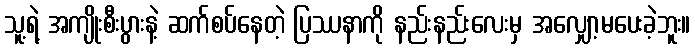
သူ့ရဲ့ အကျိုးစီးပွားနဲ့ ဆက်စပ်နေတဲ့ ပြဿနာကို နည်းနည်းလေးမှ အလျှော့မပေးခဲ့ဘူး။